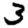
Digit: 3